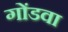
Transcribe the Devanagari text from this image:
गोंडवा